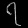
Digit: ၇